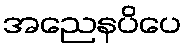
အညေနပိပေ